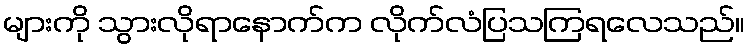
များကို သွားလိုရာနောက်က လိုက်လံပြသကြရလေသည်။